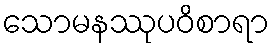
သောမနဿုပဝိစာရာ